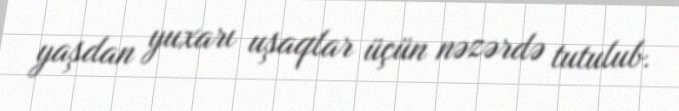
yaşdan yuxarı uşaqlar üçün nəzərdə tutulub.